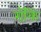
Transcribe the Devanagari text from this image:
रॉकिं